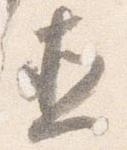
直